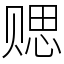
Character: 䞏